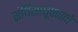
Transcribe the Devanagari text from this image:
संधिसाधूपणाचे